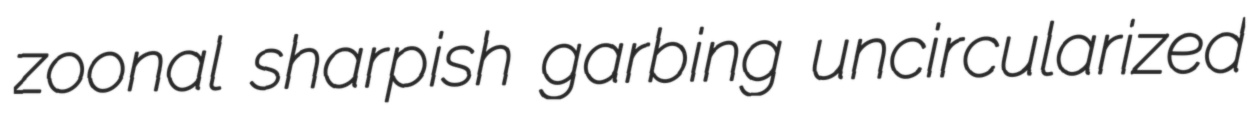
zoonal sharpish garbing uncircularized